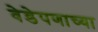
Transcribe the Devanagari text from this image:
वेडेपणाच्या